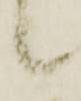
候